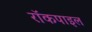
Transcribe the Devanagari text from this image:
रॉकपाइल